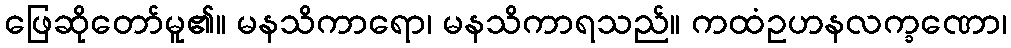
ဖြေဆိုတော်မူ၏။ မနသိကာရော၊ မနသိကာရသည်။ ကထံဥဟနလက္ခဏော၊